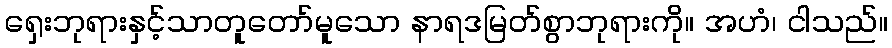
ရှေးဘုရားနှင့်သာတူတော်မူသော နာရဒမြတ်စွာဘုရားကို။ အဟံ၊ ငါသည်။